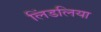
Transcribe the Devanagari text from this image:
लिंडलिया